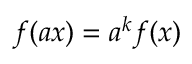
f ( a x ) = a ^ { k } f ( x )